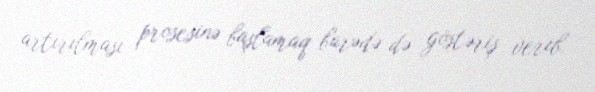
artırılması prosesinə başlamaq barədə də göstəriş verib.